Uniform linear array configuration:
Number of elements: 48
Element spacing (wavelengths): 0.5
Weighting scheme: hamming
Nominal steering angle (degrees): -15
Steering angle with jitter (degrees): -14.114
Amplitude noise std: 0.05
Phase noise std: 0.05

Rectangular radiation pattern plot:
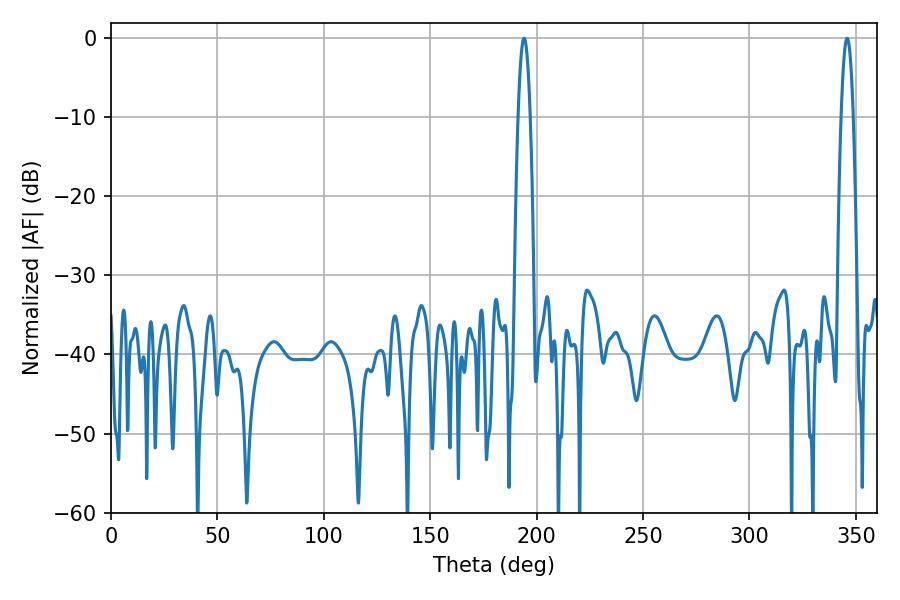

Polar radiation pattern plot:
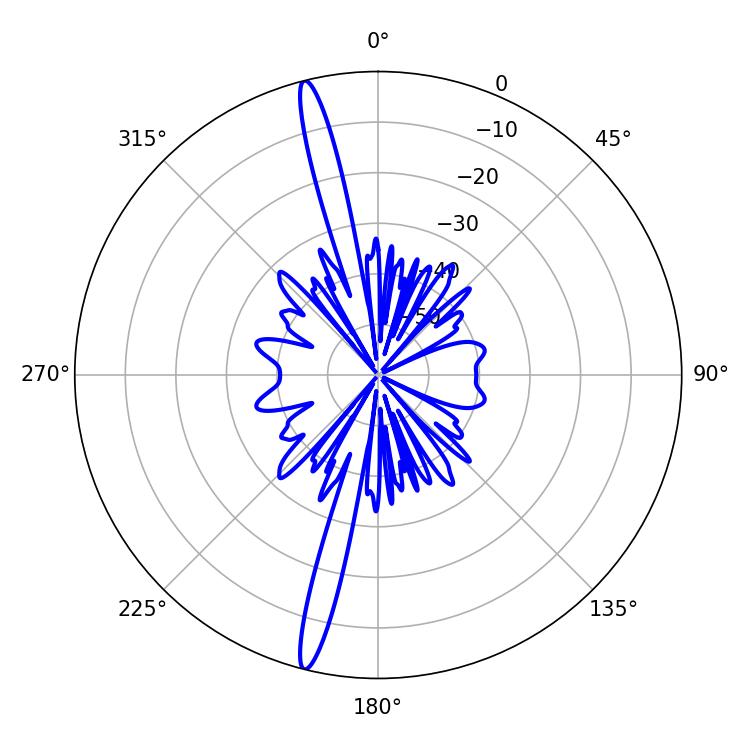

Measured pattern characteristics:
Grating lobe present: FALSE
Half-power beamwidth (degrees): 3.06
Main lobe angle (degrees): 194.04